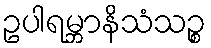
ဥပါရမ္ဘာနိသံသဉ္စ